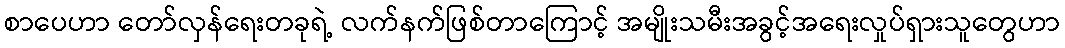
စာပေဟာ တော်လှန်ရေးတခုရဲ့ လက်နက်ဖြစ်တာကြောင့် အမျိုးသမီးအခွင့်အရေးလှုပ်ရှားသူတွေဟာ